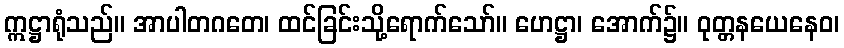
ဣဋ္ဌာရုံသည်။ အာပါတဂတေ၊ ထင်ခြင်းသို့ရောက်သော်။ ဟေဋ္ဌာ၊ အောက်၌။ ဝုတ္တနယေနေဝ၊